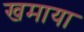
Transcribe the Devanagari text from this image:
खमाया